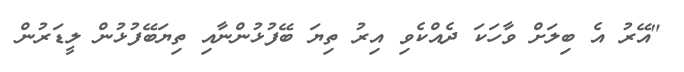
"އޭރު އެ ބިލަށް ވާހަކަ ދެއްކެވި އިރު ތިޔަ ބޭފުޅުންނާއި ތިޔަބޭފުޅުން ލީޑަރުން